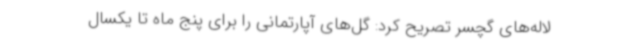
لاله‌های گچسر تصریح کرد: گل‌های آپارتمانی را برای پنج ماه تا یکسال